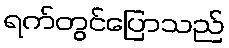
ရက်တွင်ပြောသည်